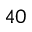
4 0